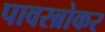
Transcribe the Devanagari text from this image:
पावरब्रोकर